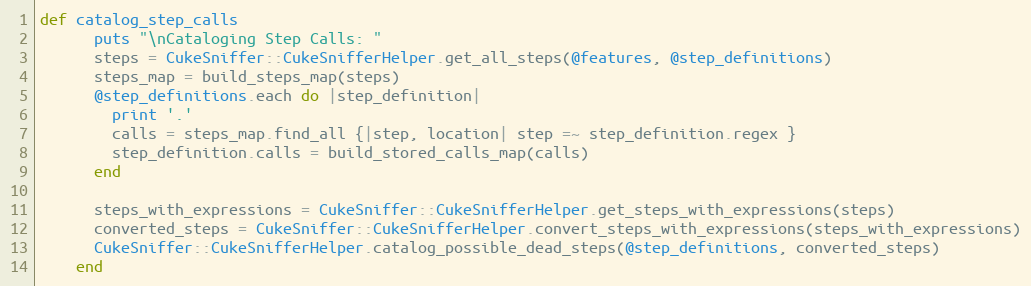
Language: Ruby
def catalog_step_calls
      puts "\nCataloging Step Calls: "
      steps = CukeSniffer::CukeSnifferHelper.get_all_steps(@features, @step_definitions)
      steps_map = build_steps_map(steps)
      @step_definitions.each do |step_definition|
        print '.'
        calls = steps_map.find_all {|step, location| step =~ step_definition.regex }
        step_definition.calls = build_stored_calls_map(calls)
      end

      steps_with_expressions = CukeSniffer::CukeSnifferHelper.get_steps_with_expressions(steps)
      converted_steps = CukeSniffer::CukeSnifferHelper.convert_steps_with_expressions(steps_with_expressions)
      CukeSniffer::CukeSnifferHelper.catalog_possible_dead_steps(@step_definitions, converted_steps)
    end